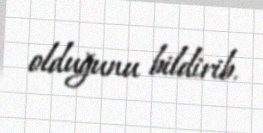
olduğunu bildirib.